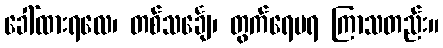
ခေါ်ထားရလေ၊ တစ်သင်္ချေ၊ တွက်ရေမရ ကြာသတည်း။